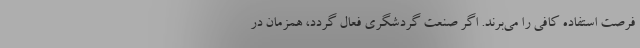
فرصت استفاده کافی را می‌برند. اگر صنعت گردشگری فعال گردد، همزمان در